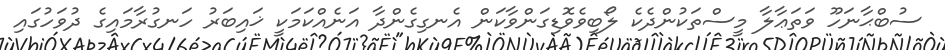
ސުބްޙާނަހޫ ވަތަޢާލާ މީސްތަކުންދެކެ ލޯބިވެވޮޑިގަންވާކަން އެނގިގެންދާ އަނެއްކަމަކީ ޚައިބަރު ހަނގުރާމައިގެ ދުވަހުގައި